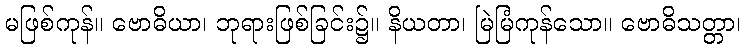
မဖြစ်ကုန်။ ဗောဓိယာ၊ ဘုရားဖြစ်ခြင်း၌။ နိယတာ၊ မြဲမြံကုန်သော။ ဗောဓိသတ္တာ၊